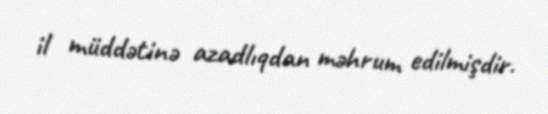
il müddətinə azadlıqdan məhrum edilmişdir.